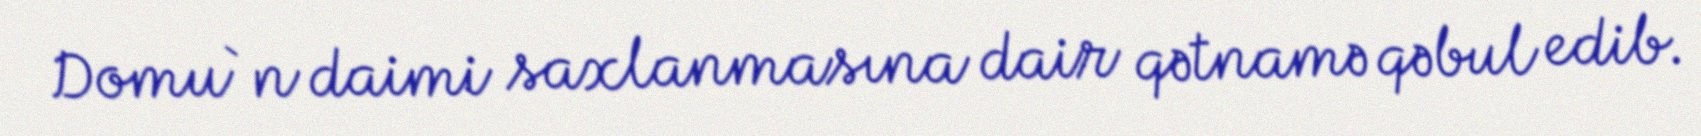
Domu`n daimi saxlanmasına dair qətnamə qəbul edib.